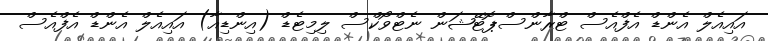
އައިއެލް އެންޑް އެފްއެސް ޓްރާންސްޕޮޓޭޝަން ނެޓްވޯކްސް ލިމިޓެޑް (އިންޑިއާ) އައިއެލް އެންޑް އެފްއެސް